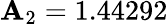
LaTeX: \mathbf{A}_{2}=1.44292